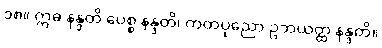
၁၈။ ဣဓ နန္ဒတိ ပေစ္စ နန္ဒတိ၊ ကတပုညော ဥဘယတ္ထ နန္ဒတိ။